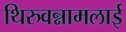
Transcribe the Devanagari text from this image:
थिरुवन्नामलाई